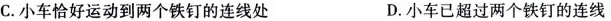
C.小车恰好运动到两个铁钉的连线处 D.小车已超过两个铁钉的连线